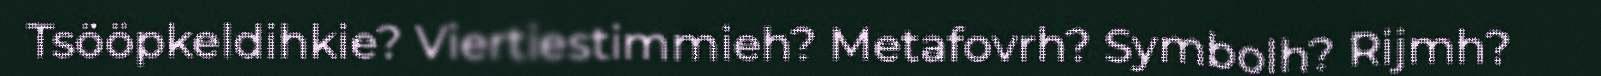
Tsööpkeldihkie? Viertiestimmieh? Metafovrh? Symbolh? Rijmh?